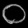
Digit: ၀